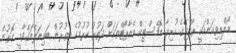
މޯލްޑިވިއަންއަކީ ރާއްޖޭގެ ހުރިހާ ޑޮމެސްޓިކް އެއާޕޯޓްތަކަށް ދަތުރު ކުރުމުގެ އިތުރުން ބައިނަލްއަގްވާމީ ގޮތުން